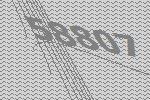
58807